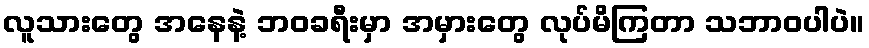
လူသားတွေ အနေနဲ့ ဘဝခရီးမှာ အမှားတွေ လုပ်မိကြတာ သဘာဝပါပဲ။